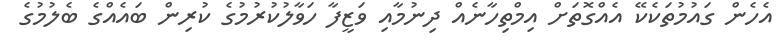
އެހެން ގައުމުތަކެކޭ އެއްގޮތަށް އިމްތިހާނެއް ދިނުމާއި ވަޒީފާ ހަވާލުކުރުމުގެ ކުރިން ބައެއްގެ ބެލުމުގެ